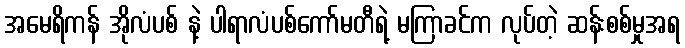
အမေရိကန် အိုလံပစ် နဲ့ ပါရာလံပစ်ကော်မတီရဲ့ မကြာခင်က လုပ်တဲ့ ဆန်းစစ်မှုအရ